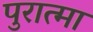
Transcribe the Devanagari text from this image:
पुरात्मा